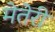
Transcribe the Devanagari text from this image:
मेतेरी